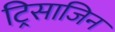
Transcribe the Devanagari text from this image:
ट्रिसाजिन